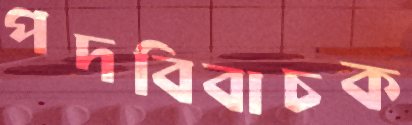
পদবিবাচক